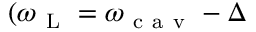
( \omega _ { \mathrm { ~ L ~ } } = \omega _ { \mathrm { ~ c ~ a ~ v ~ } } - \Delta